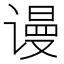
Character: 谩